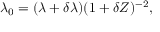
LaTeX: \lambda _ { 0 } = ( \lambda + \delta \lambda ) ( 1 + \delta Z ) ^ { - 2 } ,